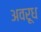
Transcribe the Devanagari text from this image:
अवरूध